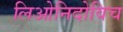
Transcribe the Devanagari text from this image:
लिओनिदोविच